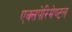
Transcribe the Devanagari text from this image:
एक्सपेरिमेण्टल